Civil Veterinary Department Bengal reports 1933-51 - 1933-1951
Year: 1933
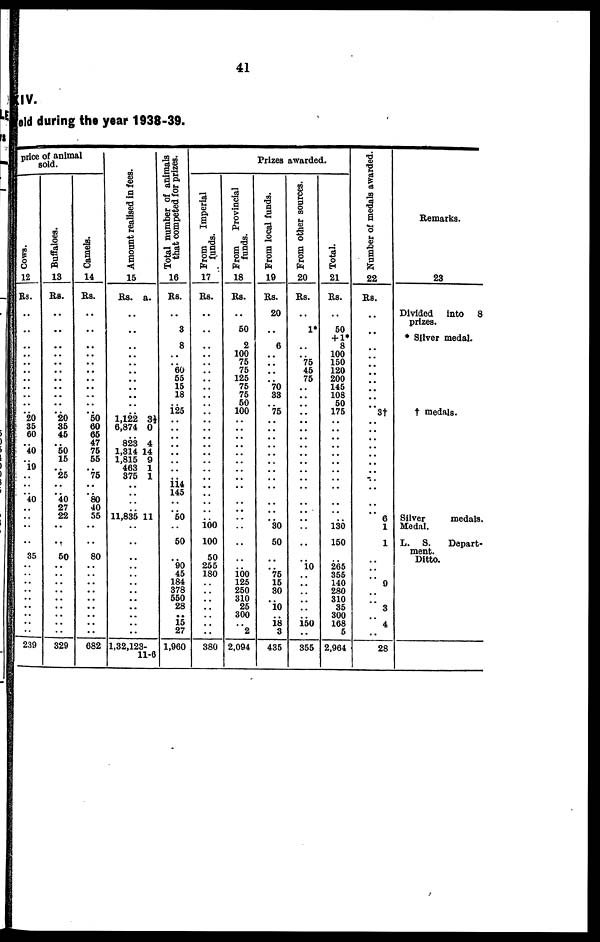
41
IV.
eld during the year 1938-39.
pice of animal
sold.
Cows.
12
Rs.
..
..
..
..
..
..
..
.. ..
..
..
.. 20
35
60
.. 40
.. 19
..
..
.. 40
..
..
..
..
35
..
..
..
..
..
..
..
..
..
239
Buffaloes.
13
Rs.
..
..
..
..
..
.. ..
..
..
..
.. .. 20
35
45
.. 50
15
.. 25
..
.. 40
27
22
..
..
50
..
..
..
..
..
..
..
..
..
329
Camels.
14
Rs.
..
..
.. ..
..
.. ..
..
..
..
..
.. 50
60
65
47
75
55
.. 75
..
.. 80
40
55
..
..
80
..
.. ..
..
.. ..
..
..
..
682
Amount realised in fees.
15
Rs.
..
..
..
..
..
..
1,122
6,874
823
1,314
1,815
463
375
..
11,835
..
..
..
..
..
..
..
.. ..
..
..
..
1,32,123-
a.
3½
0
4
14
9
1
1
11
..
11-6
Total number of animals
that competed for prizes.
16
Rs.
3
.. 8
..
.. 60
55
15
18
.. 125
..
..
..
..
..
..
..
.. 114
145
..
.. 50
..
50
.. 90
45
184
378
550
28
..
15
27
1,960
Prizes awarded.
From
Imperial
funds.
17
Rs.
..
..
..
..
..
..
..
..
..
..
..
..
..
..
.. ..
..
.. ....
..
..
..
..
..
.. 100
100
50
255
180
..
..
..
..
..
..
..
380
From Provincial
funds.
18
Rs.
..
50
.. 2
100
75
75
125
75
75
50
100
..
..
..
..
..
..
..
..
..
..
..
..
..
..
..
..
.. 100 125
250
310
25
300
.. 2
2,094
From local funds.
19
Rs.
20
..
.. 6
..
..
..
.. 70
33
75
..
..
..
..
..
..
..
..
..
..
..
..
.. 30
50
..
.. 75
15
30
.. 10
.. 18 3
435
From other sources.
20
Rs.
..
1*
..
..
.. 75
45
75
..
..
..
..
..
..
..
..
..
..
..
..
..
..
..
..
..
..
..
.. 10
..
..
..
..
..
.. 150
..
355
Total.
21
Rs.
..
50
+ 1*
8
100
150
120
200
145
108
50
175
..
.. ..
..
..
.. ....
.. ..
..
..
..
.. 130
150
.. 265
355
140
280
310
35
300
168
5
2,964
Number of medals awarded.
22
Rs.
..
..
..
..
..
..
..
..
..
..
.. 3†
..
..
..
..
..
..
..
..
..
..
..
..
6
1
1
..
..
..
9
..
..
3
..
4
..
28
Remarks.
23
Divided
into
8
prizes.
* Silver medal.
† medals.
Silver
medals.
Medal.
L. S.
Depart-
ment.
Ditto.